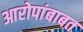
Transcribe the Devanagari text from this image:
आरोपांबाबत